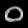
Digit: ၀